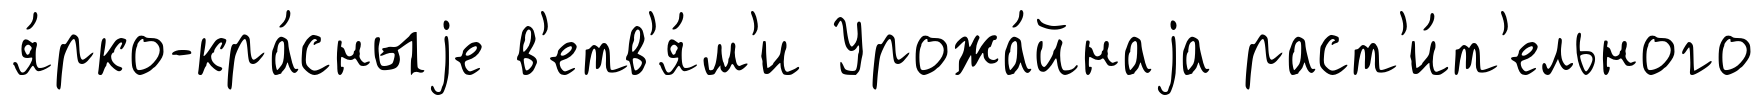
я́рко-кра́сныjе в'етв'я́м'и Урожа́йнаjа раст'и́т'ельного